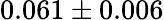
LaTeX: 0.061\pm 0.006